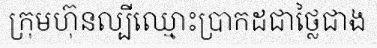
ក្រុមហ៊ុនល្បីឈ្មោះប្រាកដជាថ្លៃជាង